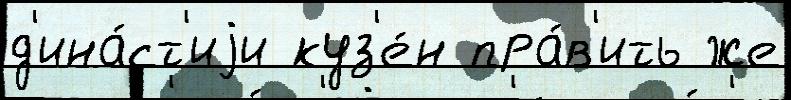
д'ина́ст'иjи куз'е́н пра́в'ить же